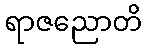
ရာဇညောတိ